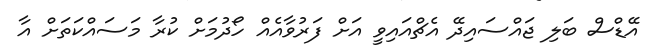
އޭޑްސް ބަލި ޖައްސައިދޭ އެޗްއައިވީ އަށް ފަރުވާއެއް ހޯދުމަށް ކުރާ މަސައްކަތަށް އާ